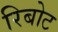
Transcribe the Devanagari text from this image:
रिबोट